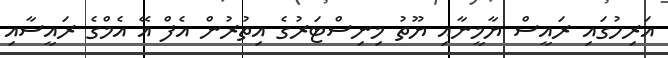
އަރިހުގައި ރައީސް ޔާމީނާއި ޔޫތު މިނިސްޓަރުގެ އިތުރުން އެފް އޭ އެމްގެ ރައީސާއި